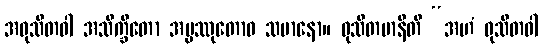
အဝုသိတဝါ အသိက္ခိတော အပ္ပဿုတောဝ သမာနော။ ဝုသိတမာနီတိ “အဟံ ဝုသိတဝါ